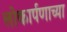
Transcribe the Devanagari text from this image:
लोकार्पणाच्या